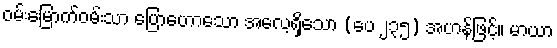
ဝမ်းမြောက်ဝမ်းသာ ပြောဟောသော အလေ့ရှိသော (ပေ ၂၃၅) အဟန်ဖြင့်။ မာယာ